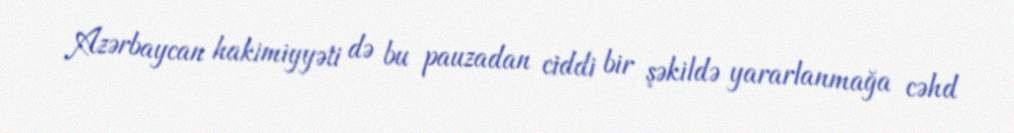
Azərbaycan hakimiyyəti də bu pauzadan ciddi bir şəkildə yararlanmağa cəhd